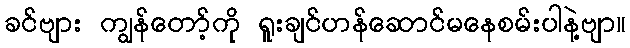
ခင်ဗျား ကျွန်တော့်ကို ရူးချင်ဟန်ဆောင်မနေစမ်းပါနဲ့ဗျာ။